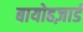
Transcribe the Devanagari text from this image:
बायोहज़ार्ड